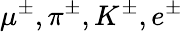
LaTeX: \mu^{\pm},\pi^{\pm},K^{\pm},e^{\pm}